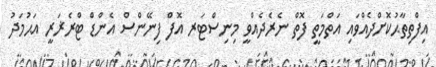
އިފްތިތާޙުކޮށްދެއްވައި އަތްމަތީ ފޮތް ނެރެދެއްވީ މިނިސްޓަރ އޮފް ފިނޭންސް އެންޑް ޓްރެޜަރީ އަޙުމަދު